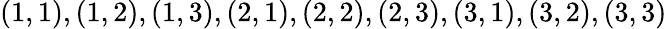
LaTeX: (1,1),(1,2),(1,3),(2,1),(2,2),(2,3),(3,1),(3,2),(3,3)